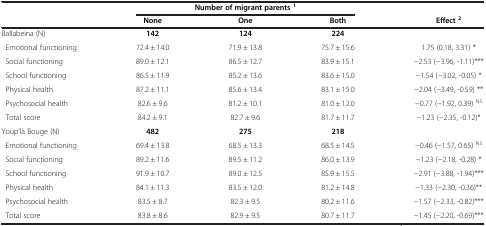
<table><thead><tr><td><b> </b></td><td colspan="3"><b>Number of migrant parents <sup>1</sup></b></td><td><b> </b></td></tr><tr><td><b> </b></td><td><b>None</b></td><td><b>One</b></td><td><b>Both</b></td><td><b>Effect <sup>2</sup></b></td></tr></thead><tbody><tr><td>Ballabeina (N)</td><td><b>142</b></td><td><b>124</b></td><td><b>224</b></td><td> </td></tr><tr><td> Emotional functioning</td><td>72.4 ± 14.0</td><td>71.9 ± 13.8</td><td>75.7 ± 15.6</td><td>1.75 (0.18, 3.31) *</td></tr><tr><td> Social functioning</td><td>89.0 ± 12.1</td><td>86.5 ± 12.7</td><td>83.9 ± 15.1</td><td>−2.53 (−3.96, -1.11)***</td></tr><tr><td> School functioning</td><td>86.5 ± 11.9</td><td>85.2 ± 13.6</td><td>83.6 ± 15.0</td><td>−1.54 (−3.02, -0.05) *</td></tr><tr><td> Physical health</td><td>87.2 ± 11.1</td><td>85.6 ± 13.4</td><td>83.1 ± 15.0</td><td>−2.04 (−3.49, -0.59) **</td></tr><tr><td> Psychosocial health</td><td>82.6 ± 9.6</td><td>81.2 ± 10.1</td><td>81.0 ± 12.0</td><td>−0.77 (−1.92, 0.39) <sup>NS</sup></td></tr><tr><td> Total score</td><td>84.2 ± 9.1</td><td>82.7 ± 9.6</td><td>81.7 ± 11.7</td><td>−1.23 (−2.35, -0.12)*</td></tr><tr><td>Youp’là Bouge (N)</td><td><b>482</b></td><td><b>275</b></td><td><b>218</b></td><td> </td></tr><tr><td> Emotional functioning</td><td>69.4 ± 13.8</td><td>68.5 ± 13.3</td><td>68.5 ± 14.5</td><td>−0.46 (−1.57, 0.65) <sup>NS</sup></td></tr><tr><td> Social functioning</td><td>89.2 ± 11.6</td><td>89.5 ± 11.2</td><td>86.0 ± 13.9</td><td>−1.23 (−2.18, -0.28) *</td></tr><tr><td> School functioning</td><td>91.9 ± 10.7</td><td>89.0 ± 12.5</td><td>85.9 ± 15.5</td><td>−2.91 (−3.88, -1.94)***</td></tr><tr><td> Physical health</td><td>84.1 ± 11.3</td><td>83.5 ± 12.0</td><td>81.2 ± 14.8</td><td>−1.33 (−2.30, -0.36)**</td></tr><tr><td> Psychosocial health</td><td>83.5 ± 8.7</td><td>82.3 ± 9.5</td><td>80.2 ± 11.6</td><td>−1.57 (−2.33, -0.82)***</td></tr><tr><td> Total score</td><td>83.8 ± 8.6</td><td>82.9 ± 9.5</td><td>80.7 ± 11.7</td><td>−1.45 (−2.20, -0.69)***</td></tr></tbody></table>